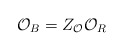
\begin{align*}\mathcal{O}_{B}=Z_{\mathcal{O}}\mathcal{O}_{R} \end{align*}